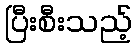
ပြီးစီးသည့်